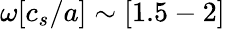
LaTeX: \omega[c_{s}/a]\sim[1.5-2]